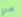
هي